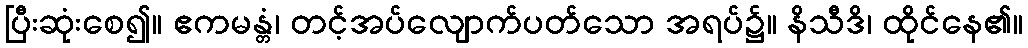
ပြီးဆုံးစေ၍။ ဧကမန္တံ၊ တင့်အပ်လျောက်ပတ်သော အရပ်၌။ နိသီဒိ၊ ထိုင်နေ၏။